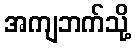
အကျဘက်သို့